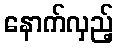
နောက်လှည့်